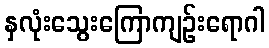
နှလုံးသွေးကြောကျဉ်းရောဂါ